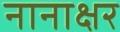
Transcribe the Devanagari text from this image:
नानाक्षर